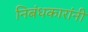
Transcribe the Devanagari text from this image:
निबंधकारांनी